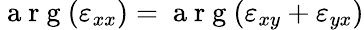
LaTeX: \mathrm{~a~r~g~}(\varepsilon_{xx})=\mathrm{~a~r~g~}(\varepsilon_{xy}+\varepsilon_{yx})